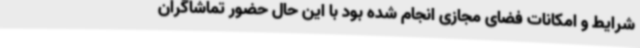
شرایط و امکانات فضای مجازی انجام شده بود با این حال حضور تماشاگران